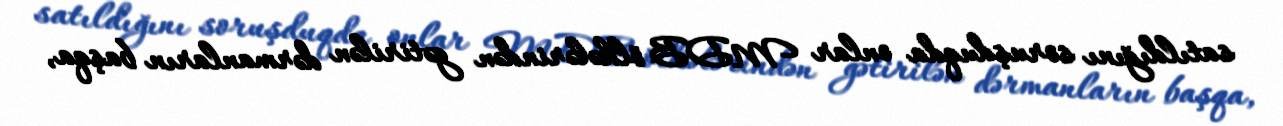
satıldığını soruşduqda onlar MDB ölkələrindən gətirilən dərmanların başqa,